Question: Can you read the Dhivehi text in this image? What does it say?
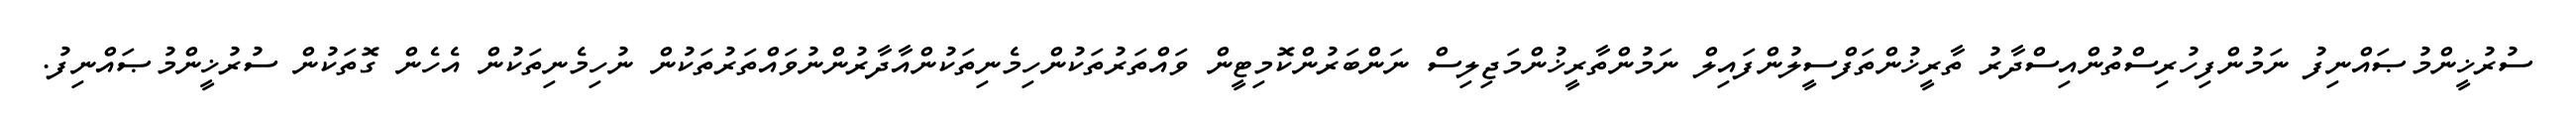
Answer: ސުރުޚީންމުޞައްނިފު ނަމުންފިހުރިސްތުންއިސްދާރު ތާރީޚުންތަފްސީލުންފައިލް ނަމުންތާރީޚުންމަޖިލިސް ނަންބަރުންކޮމިޓީން ވައްތަރުތަކުންހިމެނިތަކުންއާދާރުންނުވައްތަރުތަކުން ނުހިމެނިތަކުން އެހެން ގޮތަކުން ސުރުޚީންމުޞައްނިފު.